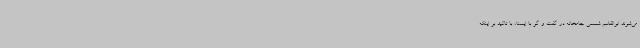
می‌شوند ابوالقاسم شمسی جامخانه در گفت و گو با ایسنا، با تاکید بر اینکه